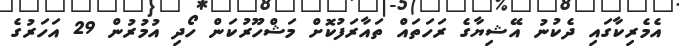
އެމެރިކާގައި ދެކުނު އޭޝިޔާގެ ރަހަތައް ތައާރަފުކޮށް މަޝްހޫރުކަން ހޯދި އުމުރުން 29 އަހަރުގެ